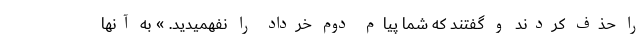
را حذف کردند و گفتند که شما پیام دوم خرداد را نفهمیدید. » به آنها